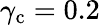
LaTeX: \gamma_{\textup{c}}=0.2